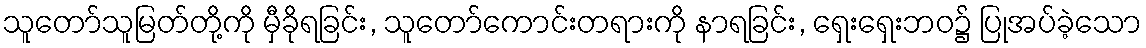
သူတော်သူမြတ်တို့ကို မှီခိုရခြင်း, သူတော်ကောင်းတရားကို နာရခြင်း, ရှေးရှေးဘဝ၌ ပြုအပ်ခဲ့သော